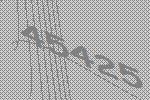
45425